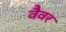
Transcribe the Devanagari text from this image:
वैवर